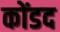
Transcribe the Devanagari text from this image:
कोंडद